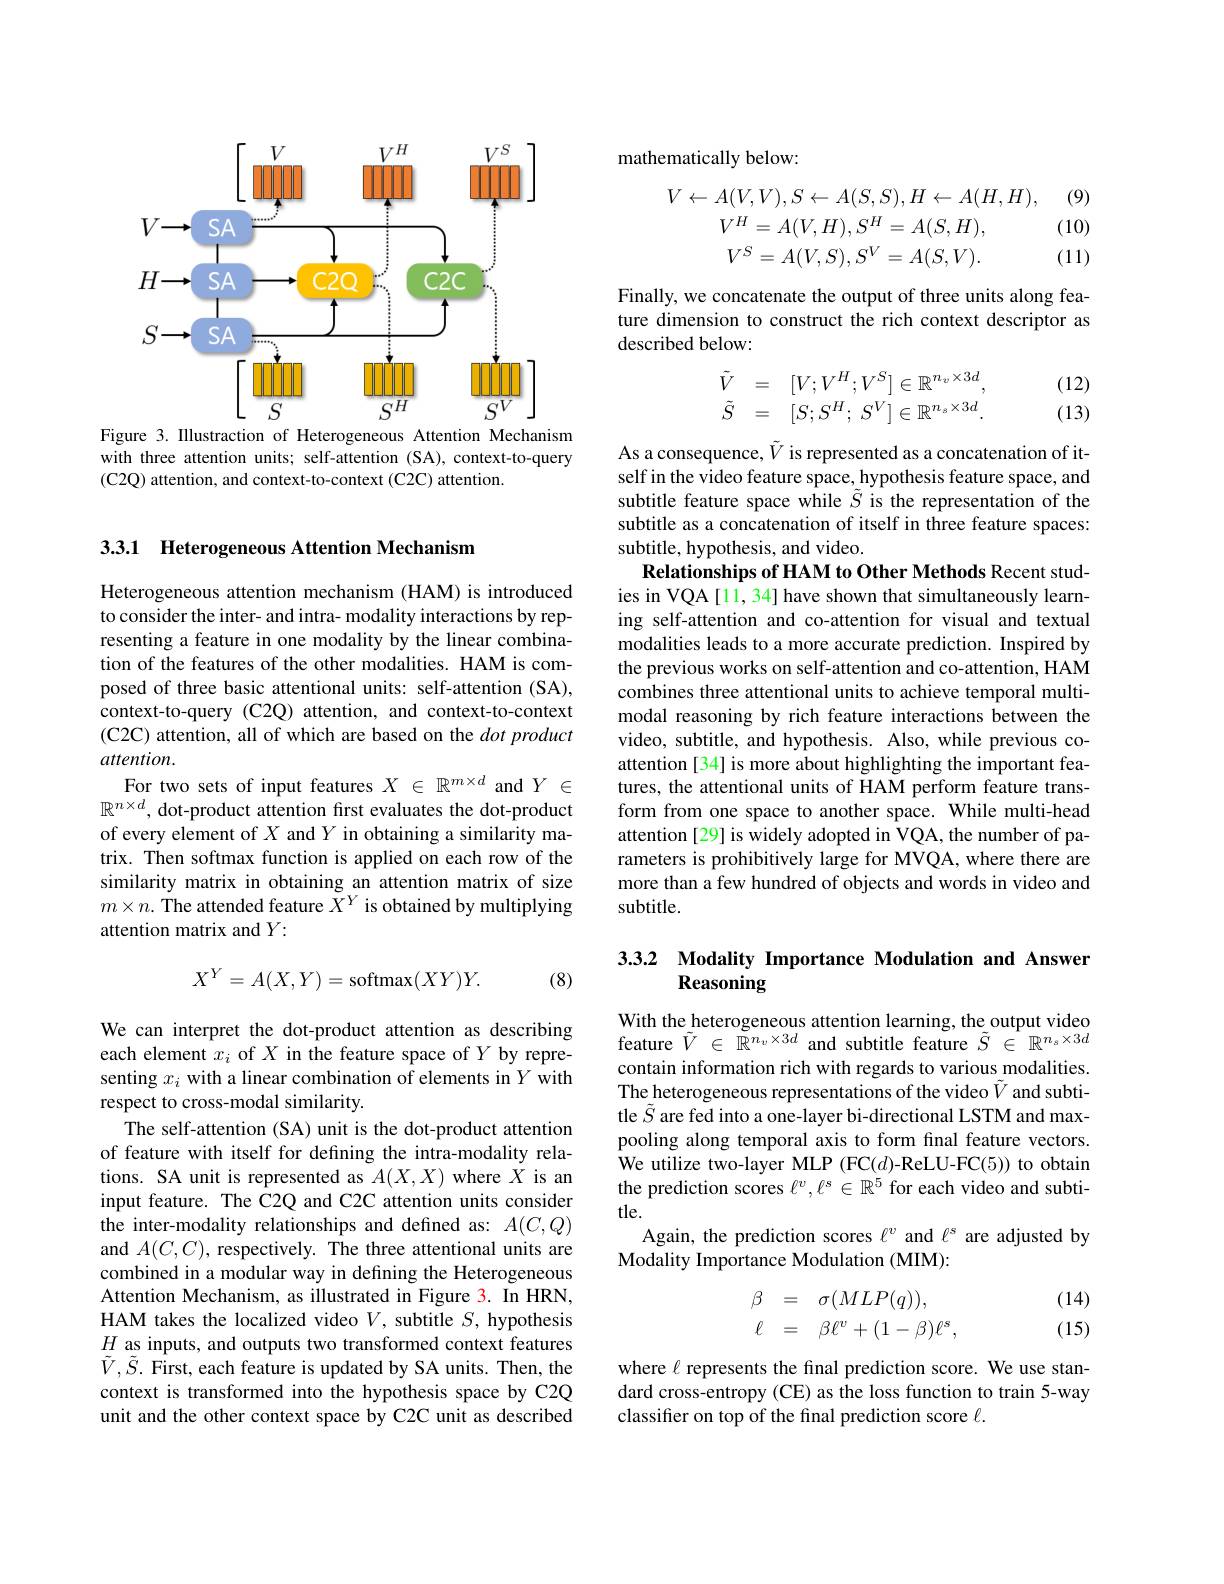
<FigureHere>
Figure 3. Illustraction of Heterogeneous Attention Mechanism

with three attention units; self-attention (SA), context-to-query
(C2Q) attention, and context-to-context (C2C) attention.

3.3.1 Heterogeneous Attention Mechanism

Heterogeneous attention mechanism (HAM) is introduced to consider the inter- and intra- modality interactions by representing a feature in one modality by the linear combination of the features of the other modalities. HAM is composed of three basic attentional units: self-attention (SA), context-to-query (C2Q) attention, and context-to-context (C2C) attention, all of which are based on the dotproduct attention.
For two sets of input features $X\in\mathbb{R}^m\times d$ and $Y\in$ $\mathbb{R}^{n\times d}$, dot-product attention first evaluates the dot-product of every element of $X$ and $Y$ in obtaining a similarity matrix. Then softmax function is applied on each row of the similarity matrix in obtaining an attention matrix of size $m\times n.$ The attended feature $\tilde{X} ^Y$ is obtained by multiplying attention matrix and $Y:$

(8)
$$X^Y=A(X,Y)=\mathrm{softmax}(XY)Y.$$
We can interpret the dot-product attention as describing each element $x_i$ of $X$ in the feature space of $Y$ by representing $x_i$ with a linear combination of elements in $Y$ with respect to cross-modal similarity.
The self-attention (SA) unit is the dot-product attention of feature with itself for defining the intra-modality relations. SA unit is represented as $A(X,X)$ where $X$ is an input feature. The C2Q and C2C attention units consider the inter-modality relationships and defined as: $A(C,Q)$ and $A(C,C)$, respectively. The three attentional units are combined in a modular way in defining the Heterogeneous Attention Mechanism, as illustrated in Figure 3. In HRN, HAM takes the localized video $V$,subtitle$S$, hypothesis $H$ as inputs, and outputs two transformed context features $\tilde{V},\tilde{S}.$ First, each feature is updated by SA units. Then, the context is transformed into the hypothesis space by C2Q unit and the other context space by C2C unit as described

mathematically below:

(9)

(10)
$$V\leftarrow A(V,V),S\leftarrow A(S,S),H\leftarrow A(H,H),\\V^{H}=A(V,H),S^{H}=A(S,H),\\V^{S}=A(V,S),S^{V}=A(S,V).$$
(11)

Finally, we concatenate the output of three units along feature dimension to construct the rich context descriptor as described below:
$$\begin{array}{rcl}\tilde V&=&[V;V^H;V^S]\in\mathbb R^{n_v\times3d},\\\tilde S&=&[S;S^H;\:S^V]\in\mathbb R^{n_s\times3d}.\end{array}$$
(12) (13)

As a consequence, $\tilde{V}$ is represented as a concatenation of itself in the video feature space, hypothesis feature space, and subtitle feature space while $\tilde{S}$ is the representation of the subtitle as a concatenation of itself in three feature spaces: subtitle, hypothesis, and video.
Relationships of HAM to Other Methods Recent studies in VQA [11, 34] have shown that simultaneously learning self-attention and co-attention for visual and textual modalities leads to a more accurate prediction. Inspired by the previous works on self-attention and co-attention, HAM combines three attentional units to achieve temporal multimodal reasoning by rich feature interactions between the video, subtitle, and hypothesis. Also, while previous coattention [34] is more about highlighting the important features, the attentional units of HAM perform feature transform from one space to another space. While multi-head attention [29] is widely adopted in VQA, the number of parameters is prohibitively large for MVQA, where there are more than a few hundred of objects and words in video and subtitle.

## 3.3.2 Modality Importance Modulation and Answer Reasoning

With the heterogeneous attention learning, the output video feature $\tilde{V}\in\mathbb{R}^{n_v\times3d}$ and subtitle feature $\tilde{S}\in\mathbb{R}^{n_s\times3d}$ contain information rich with regards to various modalities. The heterogeneous representations of the video $\tilde{V}$ and subtitle $\tilde{S}$ are fed into a one-layer bi-directional LSTM and maxpooling along temporal axis to form final feature vectors. We utilize two-layer MLP (FC(d)-ReLU-FC(5)) to obtain the prediction scores $\ell^v,\ell^s\in\mathbb{R}^5$ for each video and subtitle.
Again, the prediction scores $\ell^v$ and $\ell^\mathrm{s}$ are adjusted by
Modality Importance Modulation (MIM):
$$\begin{array}{rcl}\beta&=&\sigma(MLP(q)),\\\ell&=&\beta\ell^v+(1-\beta)\ell^s,\end{array}$$
(14) (15)

where $\ell$ represents the final prediction score. We use standard cross-entropy (CE) as the loss function to train 5-way classifier on top of the final prediction score $\ell.$